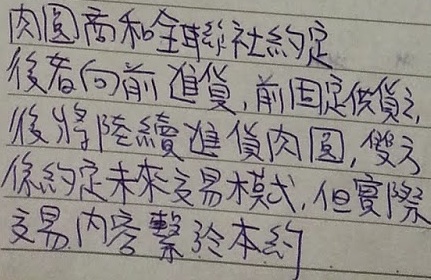
内圈商和全球部约定後者向前進貨，前固定貨之，後將陸續進貨内圈，雙方係約定未來交易模式，但實際交易內容繫於本約